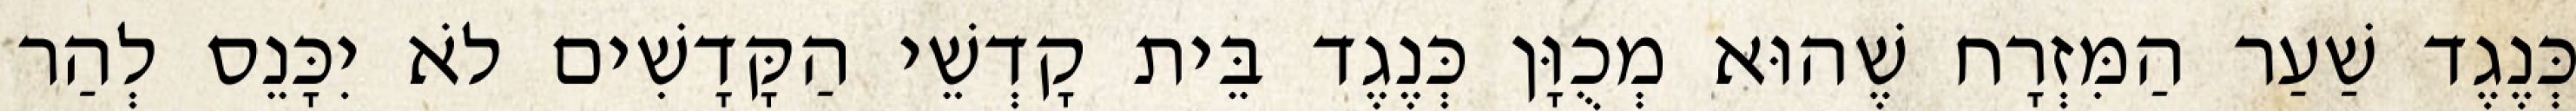
כְּנֶגֶד שַׁעַר הַמִּזְרָח שֶׁהוּא מְכֻוָּן כְּנֶגֶד בֵּית קָדְשֵׁי הַקָּדָשִׁים לֹא יִכָּנֵס לְהַר